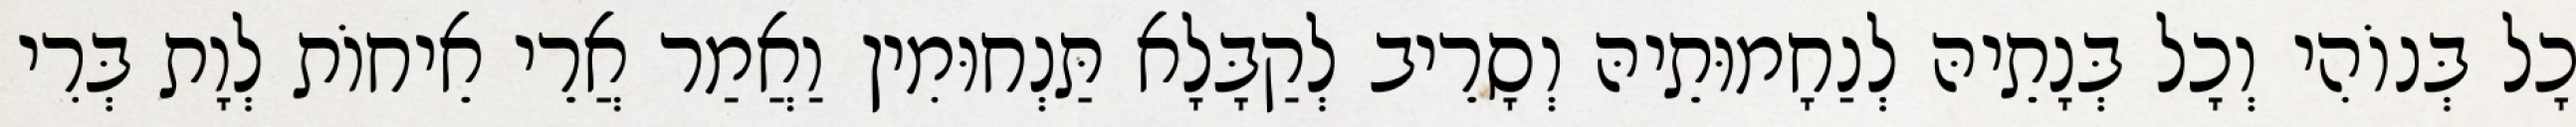
כָל בְּנוֹהִי וְכָל בְּנָתֵיהּ לְנַחָמוּתֵיהּ וְסָרֵיב לְקַבָּלָא תַּנְחוּמִין וַאֲמַר אֲרֵי אֵיחוֹת לְוָת בְּרִי